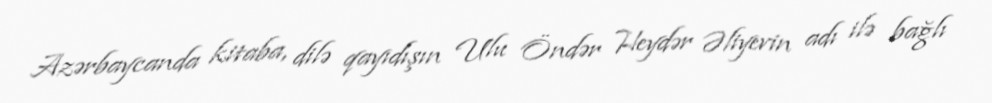
Azərbaycanda kitaba, dilə qayıdışın Ulu Öndər Heydər Əliyevin adı ilə bağlı